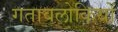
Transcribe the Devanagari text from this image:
गतावलोकियों